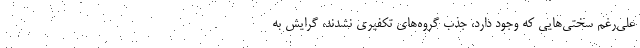
علی‌رغم سختی‌هایی که وجود دارد، جذب گروه‌های تکفیری نشدند، گرایش به